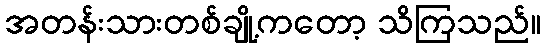
အတန်းသားတစ်ချို့ကတော့ သိကြသည်။